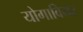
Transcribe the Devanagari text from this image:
योगावियर